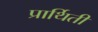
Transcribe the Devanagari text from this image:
प्रार्थिती